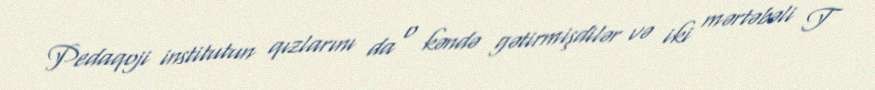
Pedaqoji institutun qızlarını da o kəndə gətirmişdilər və iki mərtəbəli T